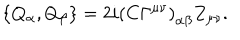
\left\{ Q _ { \alpha } , Q _ { \beta } \right\} = 2 i { ( C \Gamma ^ { \mu \nu } ) } _ { \alpha \beta } Z _ { \mu \nu } .